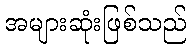
အများဆုံးဖြစ်သည်